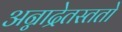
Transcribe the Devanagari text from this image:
अन्नाद्रेतस्ततो